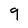
Character: 9